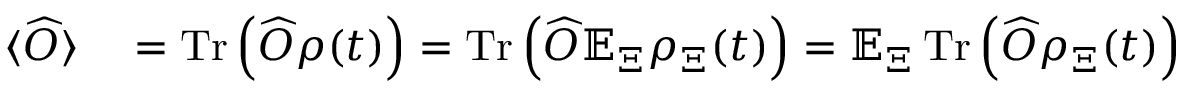
\begin{array} { r l } { \langle \widehat { O } \rangle } & { { } = \operatorname { T r } \left( \widehat { O } \rho ( t ) \right) = \operatorname { T r } \left( \widehat { O } \mathbb { E } _ { \Xi } \rho _ { \Xi } ( t ) \right) = \mathbb { E } _ { \Xi } \operatorname { T r } \left( \widehat { O } \rho _ { \Xi } ( t ) \right) } \end{array}